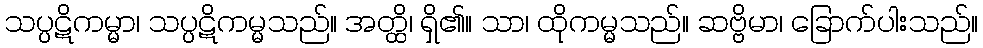
သပ္ပဋိကမ္မာ၊ သပ္ပဋိကမ္မသည်။ အတ္ထိ၊ ရှိ၏။ သာ၊ ထိုကမ္မသည်။ ဆဗ္ဗိမာ၊ ခြောက်ပါးသည်။